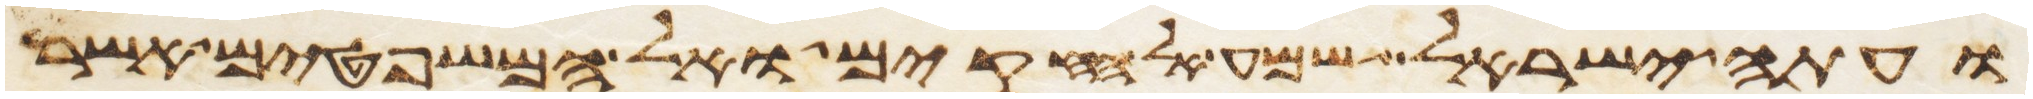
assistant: ועתה ישראל שמע אל החקים ואל המשפטים אשר